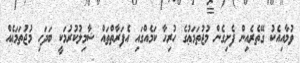
ވުމާއިއެކު ގޭތެރެއިން ފެށިގެން މުޖުތަމަޢުގެ ހުރިހާ ކަމެއްގައި އެފަރާތްތައް ޝާމިލުކުރުމަކީ ބަދަހި މުޖުތަމަޢެއް